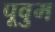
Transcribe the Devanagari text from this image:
पूवुम